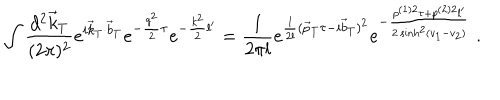
\int \frac { d ^ { 2 } \vec { k } _ { T } } { ( 2 \pi ) ^ { 2 } } e ^ { i \vec { k } _ { T } \cdot \vec { b } _ { T } } e ^ { - \frac { q ^ { 2 } } 2 \tau } e ^ { - \frac { k ^ { 2 } } 2 l ^ { \prime } } = \frac 1 { 2 \pi l } e ^ { \frac 1 { 2 l } ( \vec { p } _ { T } \tau - i \vec { b } _ { T } ) ^ { 2 } } e ^ { - \frac { p ^ { ( 1 ) 2 } \tau + p ^ { ( 2 ) 2 } l ^ { \prime } } { 2 \sinh ^ { 2 } ( v _ { 1 } - v _ { 2 } ) } } \; .